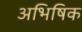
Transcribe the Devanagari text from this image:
अभिषिक